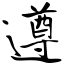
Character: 遵